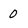
Character: 0